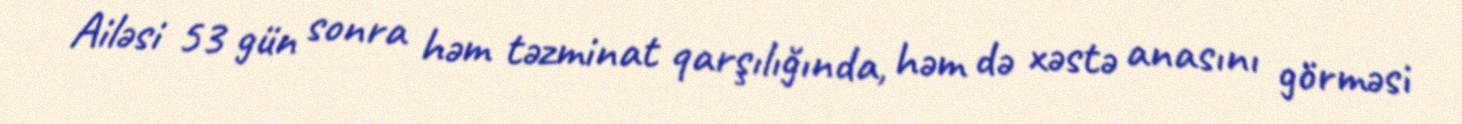
Ailəsi 53 gün sonra həm təzminat qarşılığında, həm də xəstə anasını görməsi